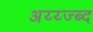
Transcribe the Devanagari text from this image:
अय्य्ज्ब्द